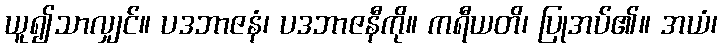
ယူ၍သာလျှင်။ ပဒဘာဇနံ၊ ပဒဘာဇနီကို။ ကရီယတိ၊ ပြုအပ်၏။ အယံ၊